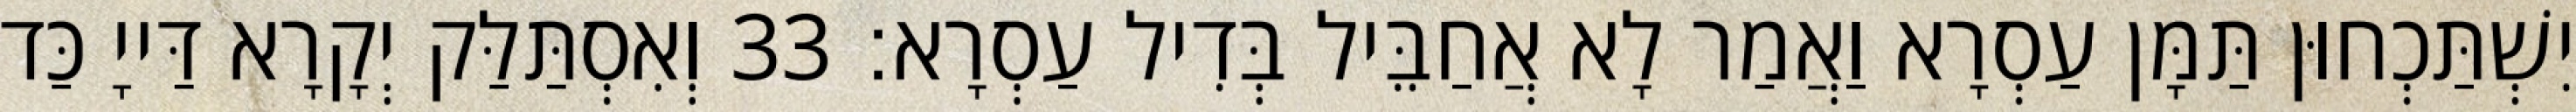
יִשְׁתַּכְחוּן תַּמָּן עַסְרָא וַאֲמַר לָא אֲחַבֵּיל בְּדִיל עַסְרָא׃ 33 וְאִסְתַּלַּק יְקָרָא דַּייָ כַּד